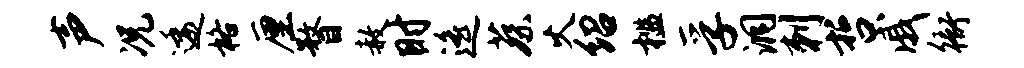
声况逶格厘瞀赦时遥蔡火绍槛孚洞刺哲戚衙